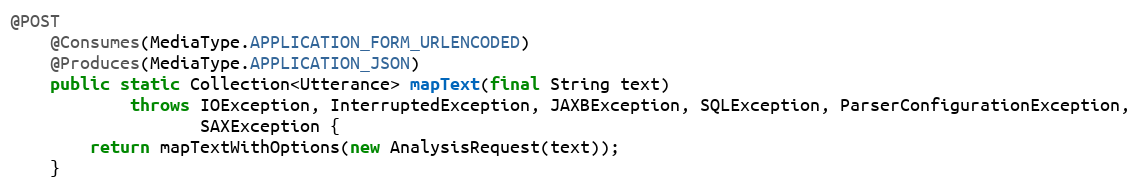
Language: Java
@POST
    @Consumes(MediaType.APPLICATION_FORM_URLENCODED)
    @Produces(MediaType.APPLICATION_JSON)
    public static Collection<Utterance> mapText(final String text)
            throws IOException, InterruptedException, JAXBException, SQLException, ParserConfigurationException,
                   SAXException {
        return mapTextWithOptions(new AnalysisRequest(text));
    }